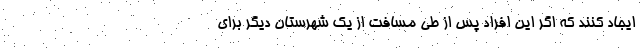
ایجاد کنند که اگر این افراد پس از طی مسافت از یک شهرستان دیگر برای